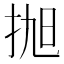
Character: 𢬐